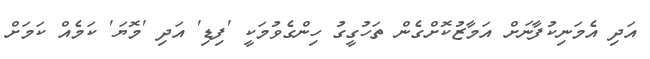
އަދި އެމަނިކުފާނަށް އަމާޒުކޮށްގެން ތަހުގީގު ހިންގެވުމަކީ 'ފިޑި' އަދި 'މޮޔަ' ކަމެއް ކަމަށް